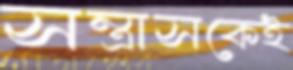
সন্ত্রাসকেই